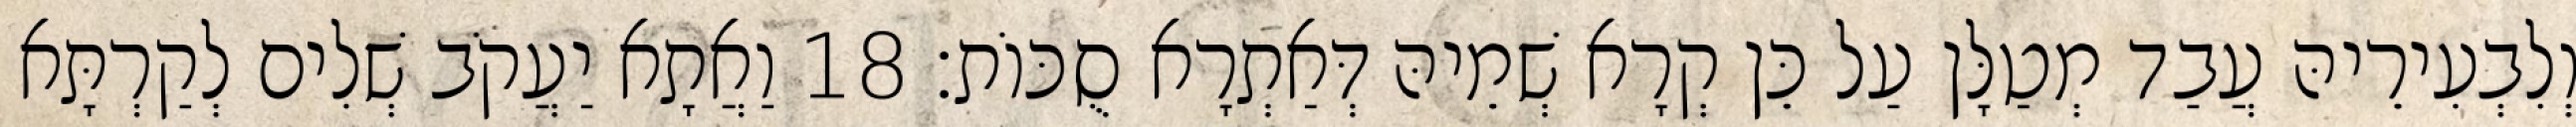
וְלִבְעִירֵיהּ עֲבַד מְטַלָּן עַל כֵּן קְרָא שְׁמֵיהּ דְּאַתְרָא סֻכּוֹת׃ 18 וַאֲתָא יַעֲקֹב שְׁלִים לְקַרְתָּא